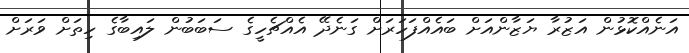
އަނެއްކޮޅުން އަޒުރާ ޔަޒާންއަށް ބައެއްފަހަރަށް ގަނެދޭ އެއްޗެހީގެ ސަބަބުން ލައިބާގެ ހިތަށް ވަރަށް